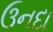
ઉનદા